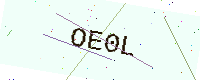
Text: OE0L